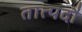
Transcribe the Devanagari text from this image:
तात्पदौ